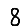
Digit: 8